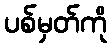
ပစ်မှတ်ကို